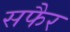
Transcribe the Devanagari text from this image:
सफैर